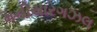
મનીયારગઝલ